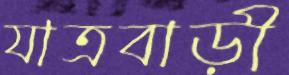
যাত্রবাড়ী